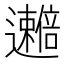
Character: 𫑒